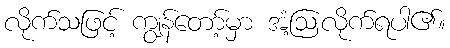
လိုက်သဖြင့် ကျွန်တော့်မှာ အံ့ဩလိုက်ရပါ၏။